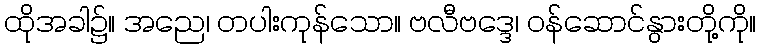
ထိုအခါ၌။ အညေ၊ တပါးကုန်သော။ ဗလီဗဒ္ဒေ၊ ဝန်ဆောင်နွားတို့ကို။